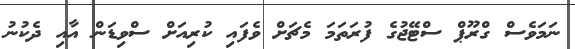
ނަމަވެސް ގްރޫޕް ސްޓޭޖުގެ ފުރަތަމަ މެޗަށް ވެފައި ކުރިއަށް ސްވިޑަން އާއި ދެކުނު